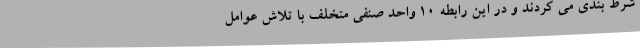
شرط بندی می کردند و در این رابطه ۱۰ واحد صنفی متخلف با تلاش عوامل